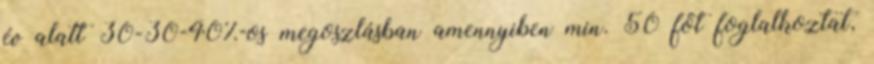
év alatt 30-30-40%-os megoszlásban amennyiben min. 50 főt foglalkoztat,